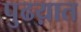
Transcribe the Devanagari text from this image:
पुढय़ात